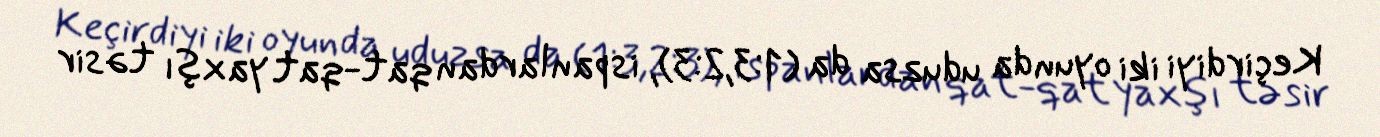
Keçirdiyi iki oyunda uduzsa da (1:3,2:3), ispanlardan qat-qat yaxşı təsir